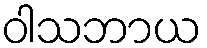
ဝါသဘာယ